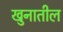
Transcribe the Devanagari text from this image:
खुनातील